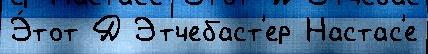
Э́тот Д Этчебаст'ер Настас'е